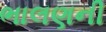
ભાલણની